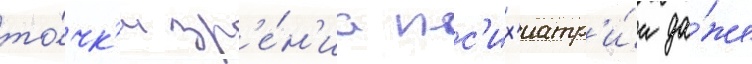
то́чк'и зр'е́н'иа пс'их'иатр'и́и да́же